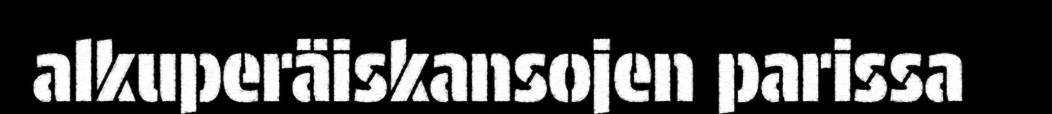
alkuperäiskansojen parissa